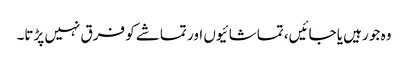
وہ جو رہیں یا جائیں، تماشائیوں اور تماشے کو فرق نہیں پڑتا۔